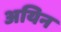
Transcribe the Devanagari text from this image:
अयिन